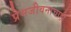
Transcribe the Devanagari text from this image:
प्रेमजीवनाचाही